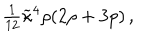
{ \textstyle { \frac { 1 } { 1 2 } } } \widetilde { \kappa } ^ { 4 } \rho ( 2 \rho + 3 p ) \, ,